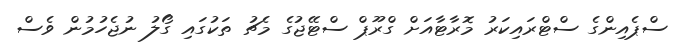
ސްޕެއިންގެ ސްޓްރައިކަރު މޮރާޓާއަށް ގްރޫޕް ސްޓޭޖުގެ މެޗު ތަކުގައި ގޯލު ނުޖެހުމުން ވެސް